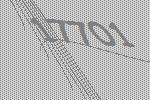
17701